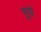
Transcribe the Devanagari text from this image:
भूपो